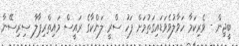
ބީޖިން - ވެރިކަމާ ހަވާލުވެވަޑައިގަތުމަށް ފަހު ސްރީ ލަންކާގެ ރައީސް މައިތްރިޕާލާ ސިރިސޭނާ